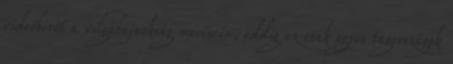
videóbírót a vilgábajnokság meccsein, eddig ez csak egyes tagországok